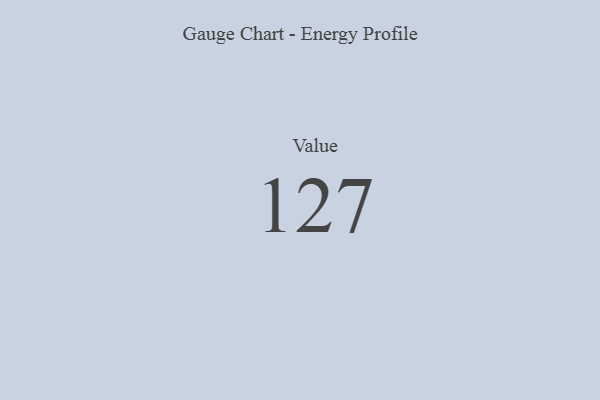
{"axis": {"x": "Metric", "y": "Value"}, "legend": [""], "data": [{"x": "Value", "y": 127, "type": ""}]}